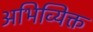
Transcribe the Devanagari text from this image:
अभिव्यिक्त